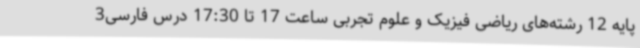
پایه 12 رشته‌های ریاضی فیزیک و علوم تجربی ساعت 17 تا 17:30 درس فارسی3